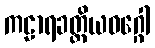
ကဠာရခတ္တိယဝဂ္ဂေါ